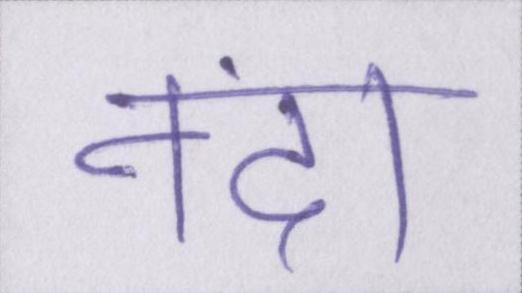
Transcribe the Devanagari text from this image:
नंदा